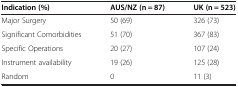
<table><thead><tr><td><b>Indication (%)</b></td><td><b>AUS/NZ (n = 87)</b></td><td><b>UK (n = 523)</b></td></tr></thead><tbody><tr><td>Major Surgery</td><td>50 (69)</td><td>326 (73)</td></tr><tr><td>Significant Comorbidities</td><td>51 (70)</td><td>367 (83)</td></tr><tr><td>Specific Operations</td><td>20 (27)</td><td>107 (24)</td></tr><tr><td>Instrument availability</td><td>19 (26)</td><td>125 (28)</td></tr><tr><td>Random</td><td>0</td><td>11 (3)</td></tr></tbody></table>